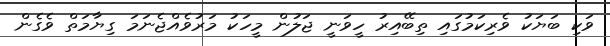
ވަކި ބަޔަކު ވެރިކަމުގައި ތިބޭއިރު ހީވަނީ ޖަލުން މީހަކު މަރުވެއްޖެނަމަ ގިޔާމަތް ވެގެން